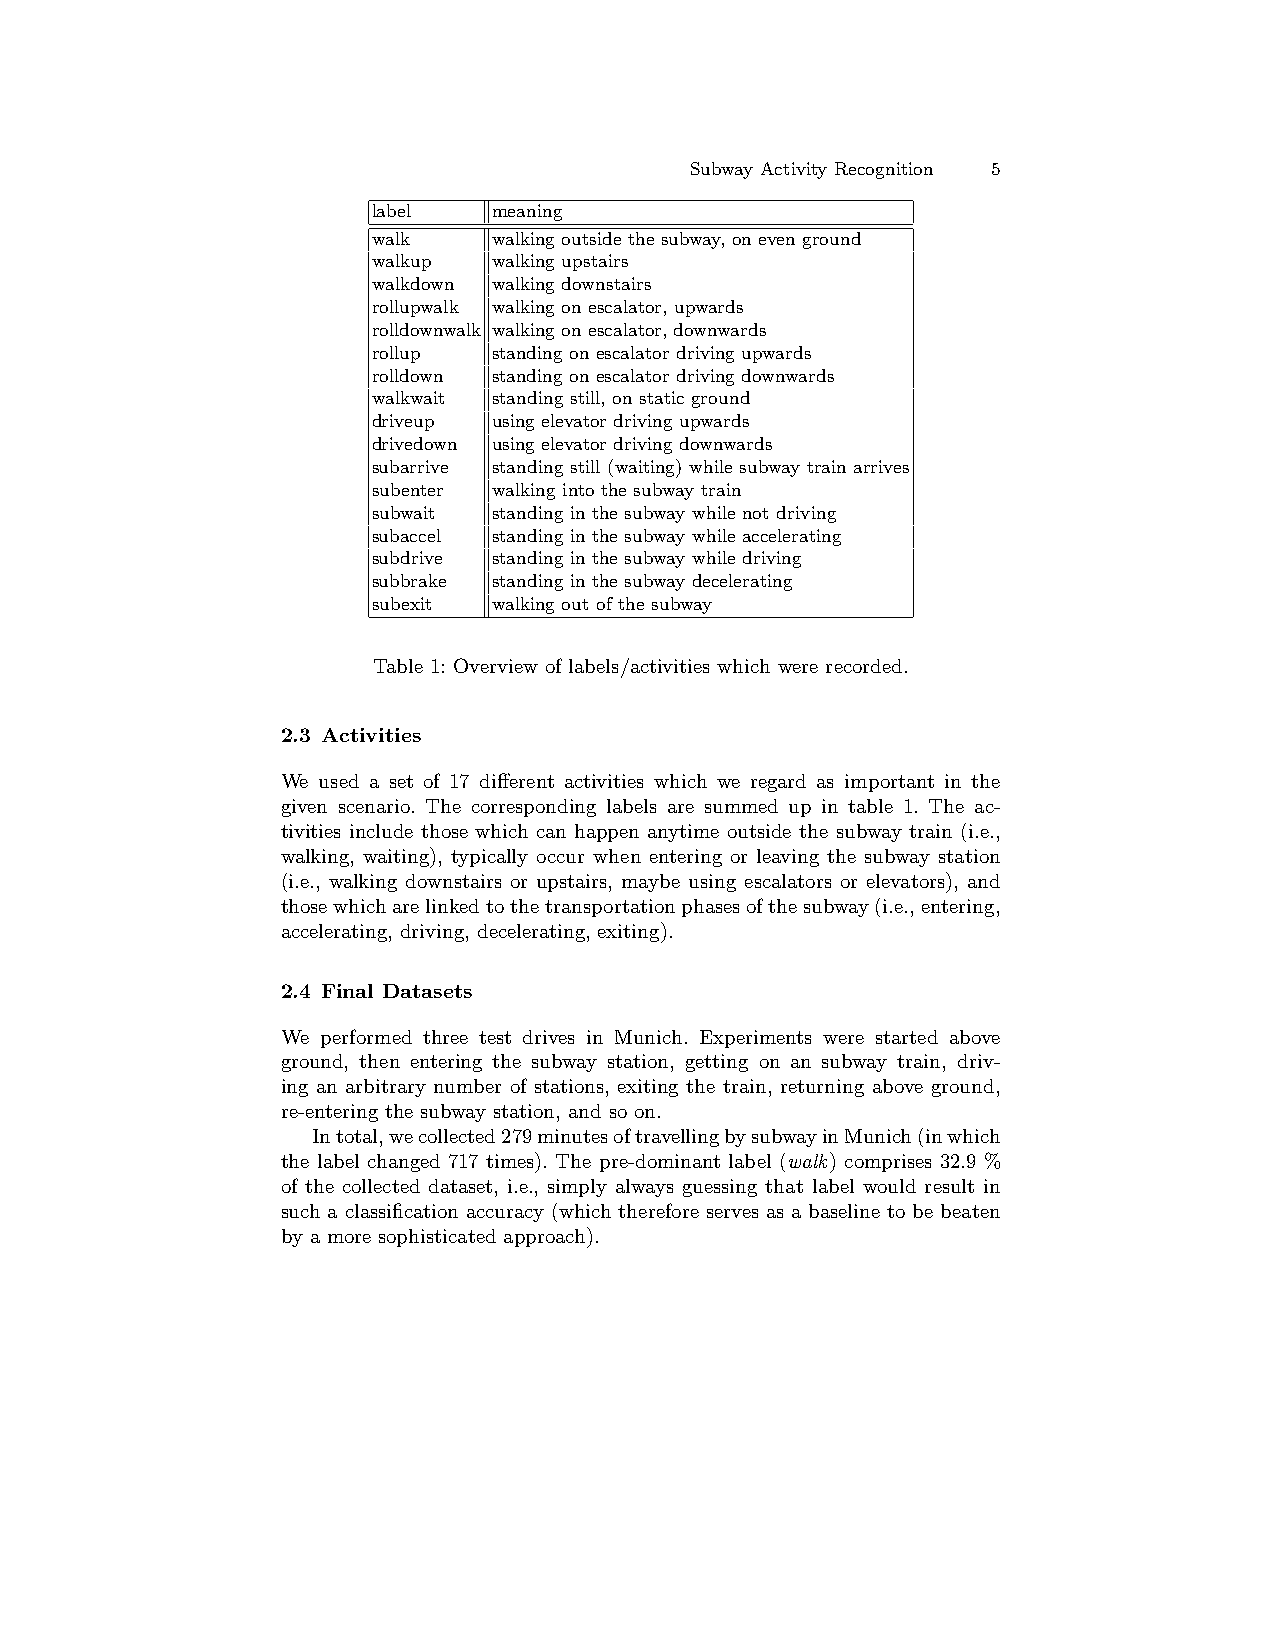
Subway Activity Recognition 5
 label   meaning
 walk    walking outside the subway, on even ground
 walkup  walking upstairs
 walkdown walking downstairs
 rollupwalk walking on escalator, upwards
 rolldownwalk walking on escalator, downwards
 rollup  standing on escalator driving upwards
 rolldown standing on escalator driving downwards
 walkwait standing still, on static ground
 driveup using elevator driving upwards
 drivedown using elevator driving downwards
 subarrive standing still (waiting) while subway train arrives
 subenter walking into the subway train
 subwait standing in the subway while not driving
 subaccel standing in the subway while accelerating
 subdrive standing in the subway while driving
 subbrake standing in the subway decelerating
 subexit walking out of the subway
 Table 1: Overview of labels/activities which were recorded.
 2.3 Activities
 We used a set of 17 different activities which we regard as important in the
 given scenario. The corresponding labels are summed up in table 1. The ac-
 tivities include those which can happen anytime outside the subway train (i.e.,
 walking, waiting), typically occur when entering or leaving the subway station
 (i.e., walking downstairs or upstairs, maybe using escalators or elevators), and
 thosewhicharelinkedtothetransportationphasesofthesubway(i.e.,entering,
 accelerating, driving, decelerating, exiting).
 2.4 Final Datasets
 We performed three test drives in Munich. Experiments were started above
 ground, then entering the subway station, getting on an subway train, driv-
 ing an arbitrary number of stations, exiting the train, returning above ground,
 re-entering the subway station, and so on.
 Intotal,wecollected279minutesoftravellingbysubwayinMunich(inwhich
 the label changed 717 times). The pre-dominant label (walk) comprises 32.9 %
 of the collected dataset, i.e., simply always guessing that label would result in
 such a classification accuracy (which therefore serves as a baseline to be beaten
 by a more sophisticated approach).